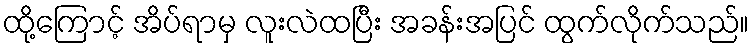
ထို့ကြောင့် အိပ်ရာမှ လူးလဲထပြီး အခန်းအပြင် ထွက်လိုက်သည်။